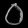
Digit: ၀